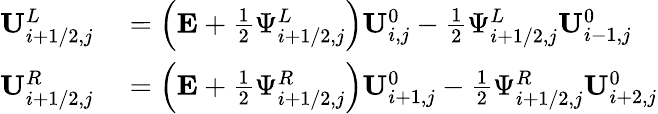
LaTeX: \begin{array}{rl}{\mathbf{U}_{i+1/2,j}^{L}}&{{}=\left(\mathbf{E}+\frac{1}{2}\Psi_{i+1/2,j}^{L}\right)\mathbf{U}_{i,j}^{0}-\frac{1}{2}\Psi_{i+1/2,j}^{L}\mathbf{U}_{i-1,j}^{0}}\\ {\mathbf{U}_{i+1/2,j}^{R}}&{{}=\left(\mathbf{E}+\frac{1}{2}\Psi_{i+1/2,j}^{R}\right)\mathbf{U}_{i+1,j}^{0}-\frac{1}{2}\Psi_{i+1/2,j}^{R}\mathbf{U}_{i+2,j}^{0}}\end{array}